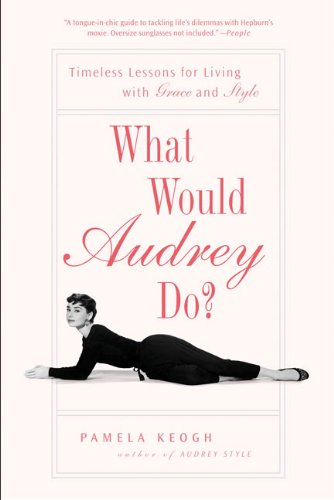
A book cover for What Would Audrey Do?: Timeless Lessons for Living with Grace and Style; Pamela Keogh; Reference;